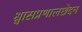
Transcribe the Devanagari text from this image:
श्वासप्रणालछेदन